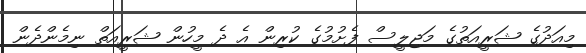
މިއަދުގެ ޝަރީއަތުގެ މަޖިލީސް ފެށުމުގެ ކުރިން އެ ދެ މީހުން ޝަރީއަތް ނިމެންދެން